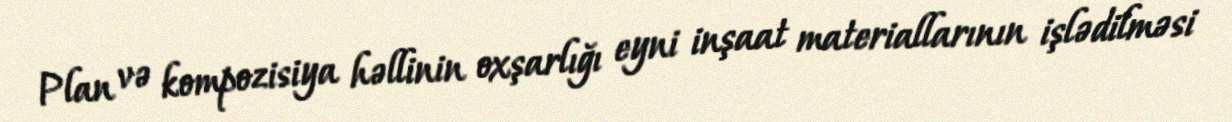
Plan və kompozisiya həllinin oxşarlığı eyni inşaat materiallarının işlədilməsi